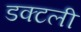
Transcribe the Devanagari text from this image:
डक्टली